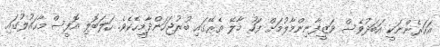
އަހަރެންނަކީ އަބަދުވެސް ވަޒީފާނިންމާލުމަށް ފަހު މާލޭ ތެރޭގައި ބުރުޖަހަންދާމީހެކެވެ. ހަލަބޮލި އޮފީސް މާހައުލުގައި